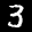
Label: 3